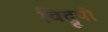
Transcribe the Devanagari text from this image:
विद्रूपी